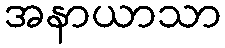
အနာယာသာ